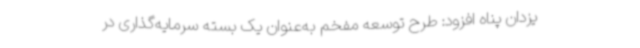
یزدان پناه افزود: طرح توسعه مفخم به‌عنوان یک بسته سرمایه‌گذاری در